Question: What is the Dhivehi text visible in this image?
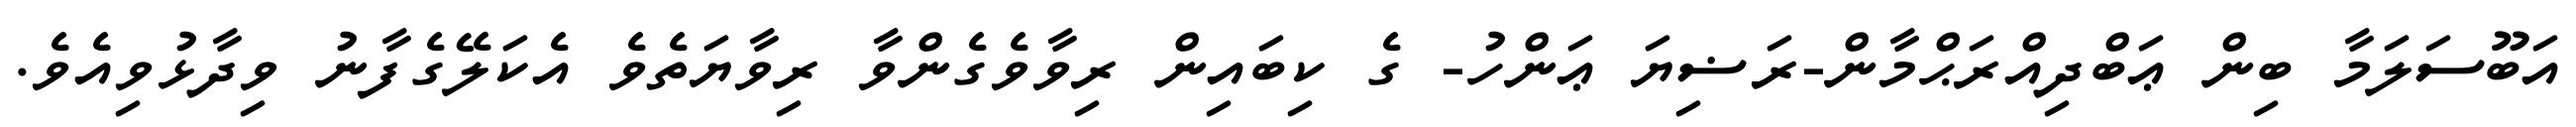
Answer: އަބޫސަލަމާ ބިން ޢަބްދިއްރަޙްމާން-ރަޟިޔަ ޢަންހު- ގެ ކިބައިން ރިވާވެގެންވާ ރިވާޔަތެވެ އެކަލޭގެފާނު ވިދާޅުވިއެވެ.